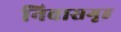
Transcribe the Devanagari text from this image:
निवासगृह